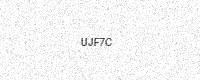
Text: UJF7C